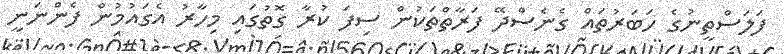
ފަލަސްތީނުގެ ހަބަރުތައް ގެނެސްދޭ ފަރާތްތަކުން ސިފަ ކުރާ ގޮތުގައި މިހާރު އެގައުމުން ފެންނަނީ